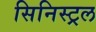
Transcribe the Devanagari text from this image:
सिनिस्ट्रल